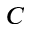
C